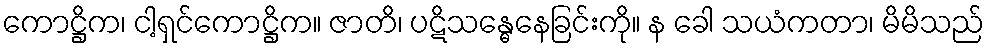
ကောဋ္ဌိက၊ ငါ့ရှင်ကောဋ္ဌိက။ ဇာတိ၊ ပဋိသန္ဓေနေခြင်းကို။ န ခေါ သယံကတာ၊ မိမိသည်